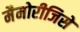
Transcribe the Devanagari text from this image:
मैमोरीजिसे